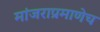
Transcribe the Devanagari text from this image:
मांजराप्रमाणेच